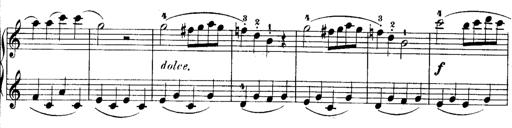
Title: Rondos and Sonatinas for Pianoforte
Composer: Daniel Steibelt